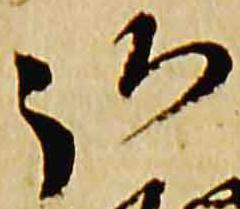
弘